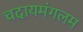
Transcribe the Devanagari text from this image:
चदायमंगलम